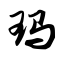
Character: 玛